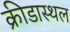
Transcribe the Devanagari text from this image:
क्रीडास्थल